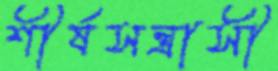
শীর্ষসন্ত্রাসী